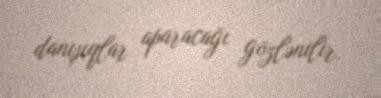
danışıqlar aparacağı gözlənilir.